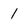
Character: 1